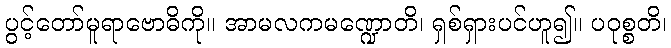
ပွင့်တော်မူရာဗောဓိကို။ အာမလကမဏ္ဍောတိ၊ ရှစ်ရှားပင်ဟူ၍။ ပဝုစ္စတိ၊